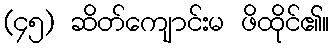
(၄၅) ဆိတ်ကျောင်းမ ဖိထိုင်၏။